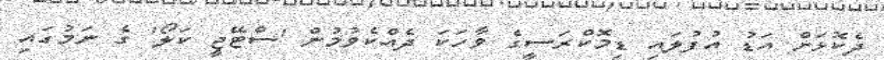
ދެކޮޅަށް އަޑު އުފުލައި ޑިމޮކްރަސީގެ ވާހަކަ ދެއްކެވުމުން 'ސްޓޭޖީ ކަލޯ' ގެ ނަމުގައި